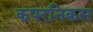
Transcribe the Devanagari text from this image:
कपरनिकस